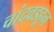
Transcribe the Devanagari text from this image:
चांदवडहून